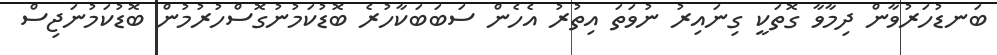
ބަނޑުހަރުވާން ދިމާވާ ގޮތަކީ ގިނައިރު ނުވަތަ އިތުރު އެހެން ސަބަބަކާހުރެ ބޮޑުކަމުނުގޮސްހުރުމުން ބޮޑުކަމުނަޖިސް